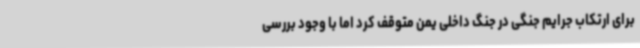
برای ارتکاب جرایم جنگی در جنگ داخلی یمن متوقف کرد اما با وجود بررسی